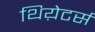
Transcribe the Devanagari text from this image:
थिय़ेटर्स